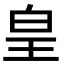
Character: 皇